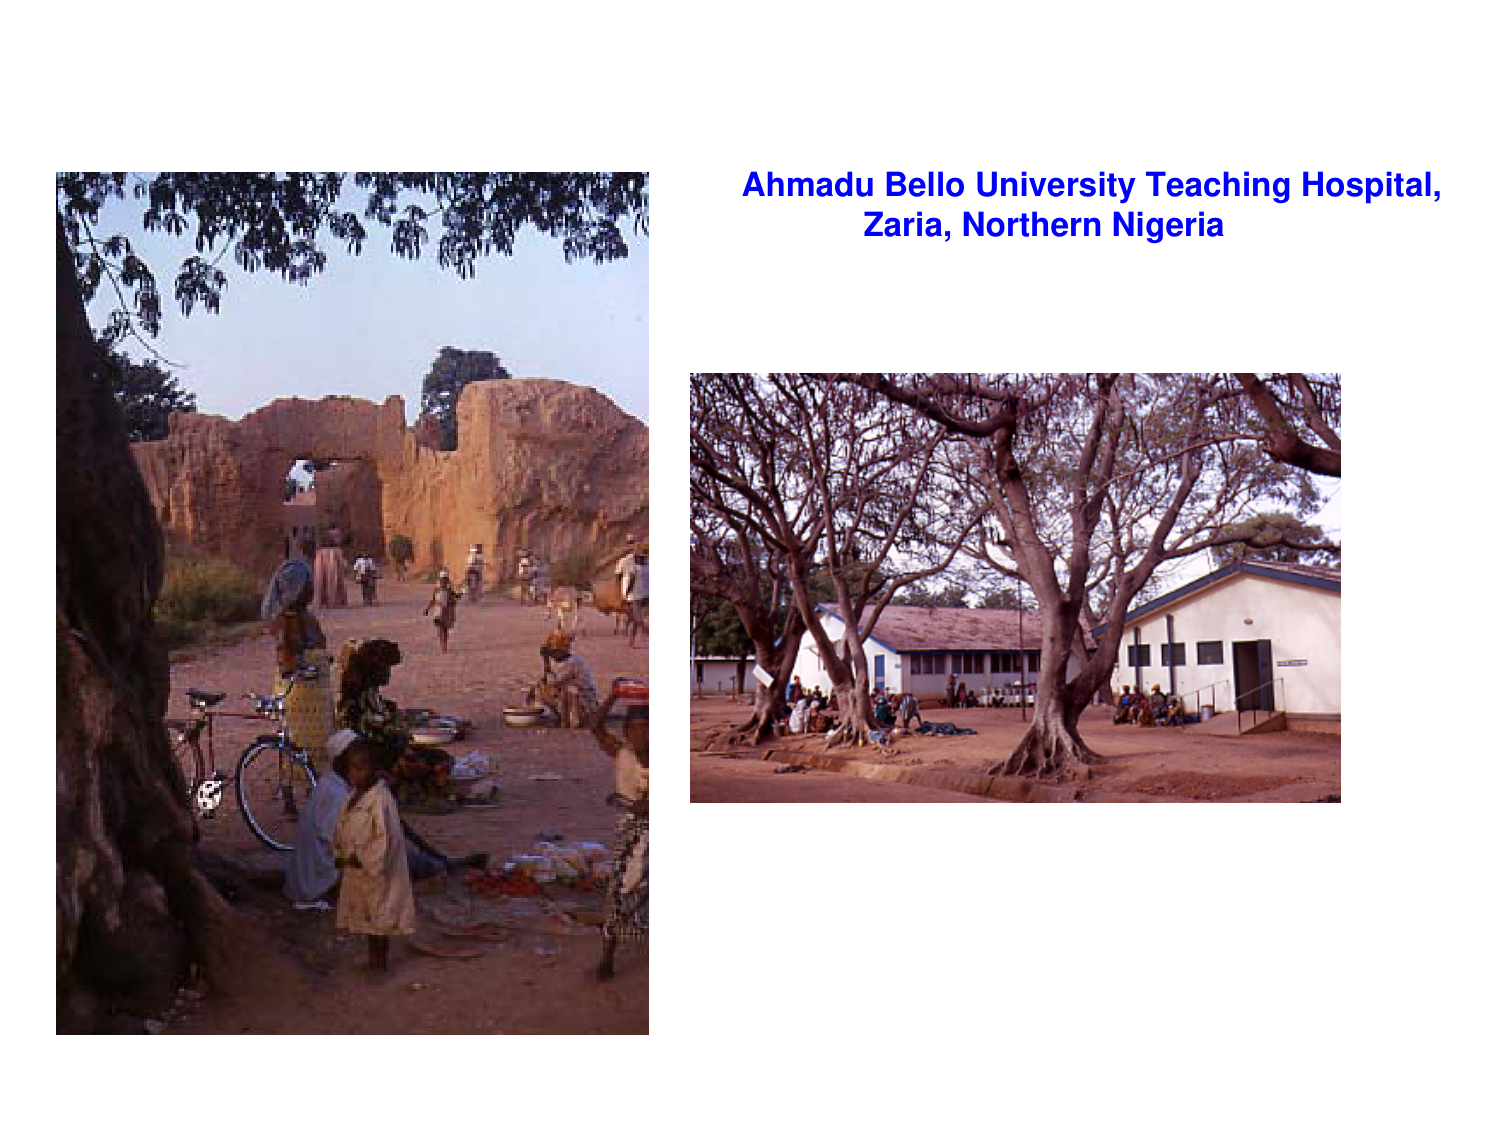
Ahmadu Bello University Teaching Hospital,
Zaria, Northern Nigeria